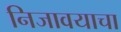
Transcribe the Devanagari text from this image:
निजावयाचा